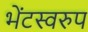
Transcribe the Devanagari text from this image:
भेंटस्‍वरुप